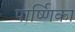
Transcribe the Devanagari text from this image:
पार्ष्णिका